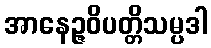
အာနေဉ္ဇဝိပတ္တိသမ္ပဒါ